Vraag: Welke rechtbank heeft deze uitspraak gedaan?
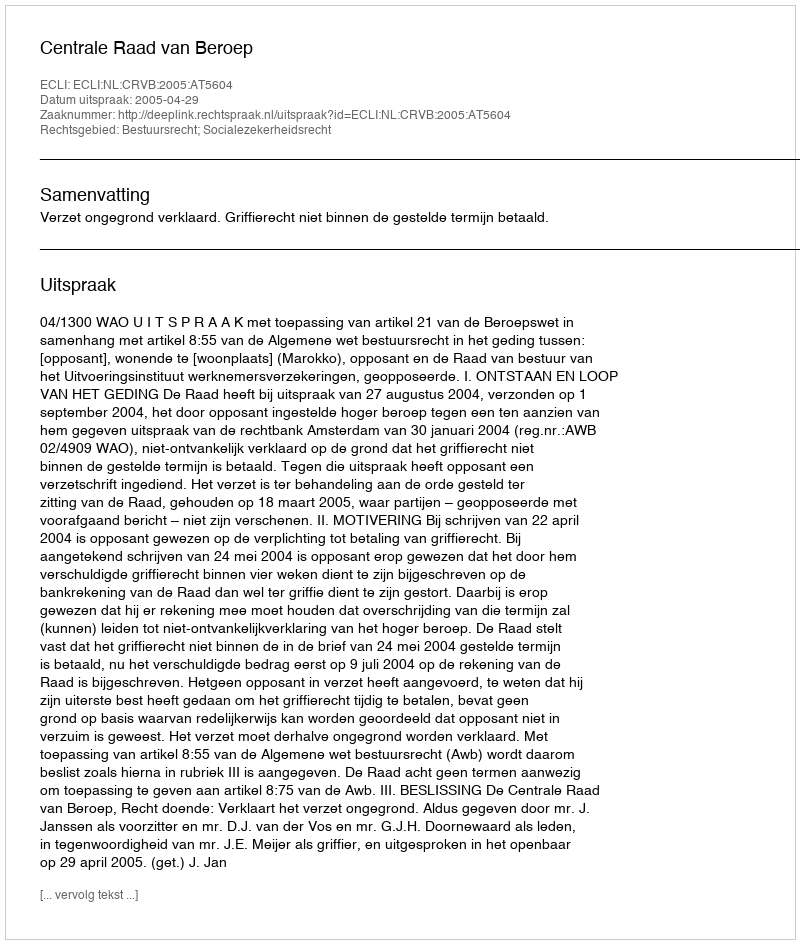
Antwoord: Centrale Raad van Beroep